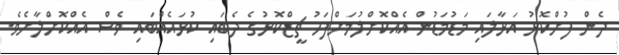
ދެން ފުށްކޮޅު އަޅާލައި މަޑުމަޑުން އެއްކޮށްލުމަށްފަހު ޗީޒްކޮޅުގެ ދެބައި ކުޅައެއްބައި ވެސް އެއްކޮށްލާށެވެ.